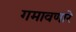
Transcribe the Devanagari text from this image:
गमावणारे